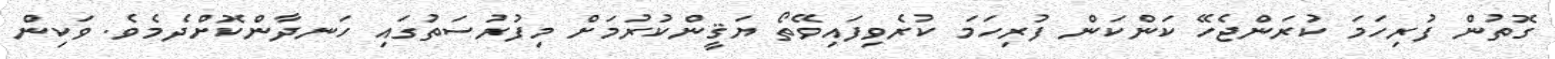
ގޮތުން ފުރިހަމަ ކުރަންޖެހޭ ކަންކަން ފުރިހަމަ ކުރެވިފައިވޭތޯ ޔަޤީންކުރުމަށް މިފުރުސަތުގައި ހަނދާންކޮށްދެމެވެ. ވަކިން